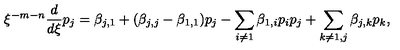
\xi ^ { - m - n } \frac { d } { d \xi } p _ { j } = \beta _ { j , 1 } + ( \beta _ { j , j } - \beta _ { 1 , 1 } ) p _ { j } - \sum _ { i \ne 1 } \beta _ { 1 , i } p _ { i } p _ { j } + \sum _ { k \ne 1 , j } \beta _ { j , k } p _ { k } ,